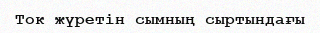
Ток жүретін сымның сыртындағы